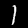
Digit: 1